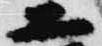
二